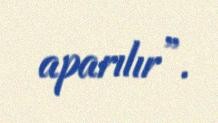
aparılır”.